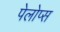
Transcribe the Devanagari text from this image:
पेलोप्स